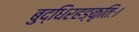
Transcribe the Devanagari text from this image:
बुद्धिरहङ्कृतिः।